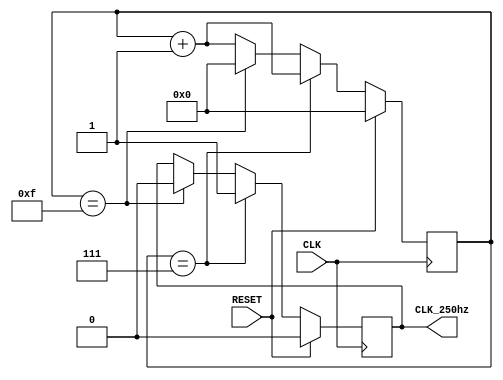
module CLK_250hz_cond
    (
        //inputs
        input wire      CLK,
        input wire      RESET,
        //outputs
        output reg      CLK_250hz
    );

    reg [4:0]       counter;

    always @(posedge CLK)
        begin
            if (RESET == 1)
                begin
                    counter <= 0;
                    CLK_250hz <= 0;
                end
            else
                begin
                    counter <= counter + 1;
                    if (counter == 7)
                        begin
                            CLK_250hz <= 1;
                        end 
                    else if (counter == 15)
                        begin
                            CLK_250hz <= 0;
                            counter <= 0;
                        end
                end

        end
endmodule